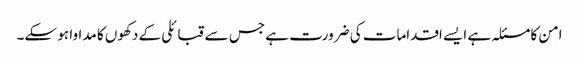
امن کا مسئلہ ہے ایسے اقدامات کی ضرورت ہے جس سے قبائلی کے دکھوں کا مداوا ہو سکے۔